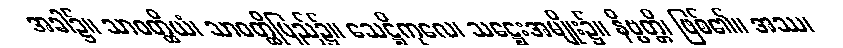
အခါ၌။ သာဝတ္ထိယံ၊ သာဝတ္ထိပြည်၌။ သေဋ္ဌိကုလေ၊ သဋ္ဌေးအမျိုး၌။ နိဗ္ဗတ္တိ၊ ဖြစ်၏။ အဿ၊